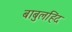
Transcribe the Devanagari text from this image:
बाबुलहिंद